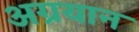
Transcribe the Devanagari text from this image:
अग्रयान